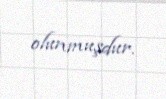
olunmuşdur.